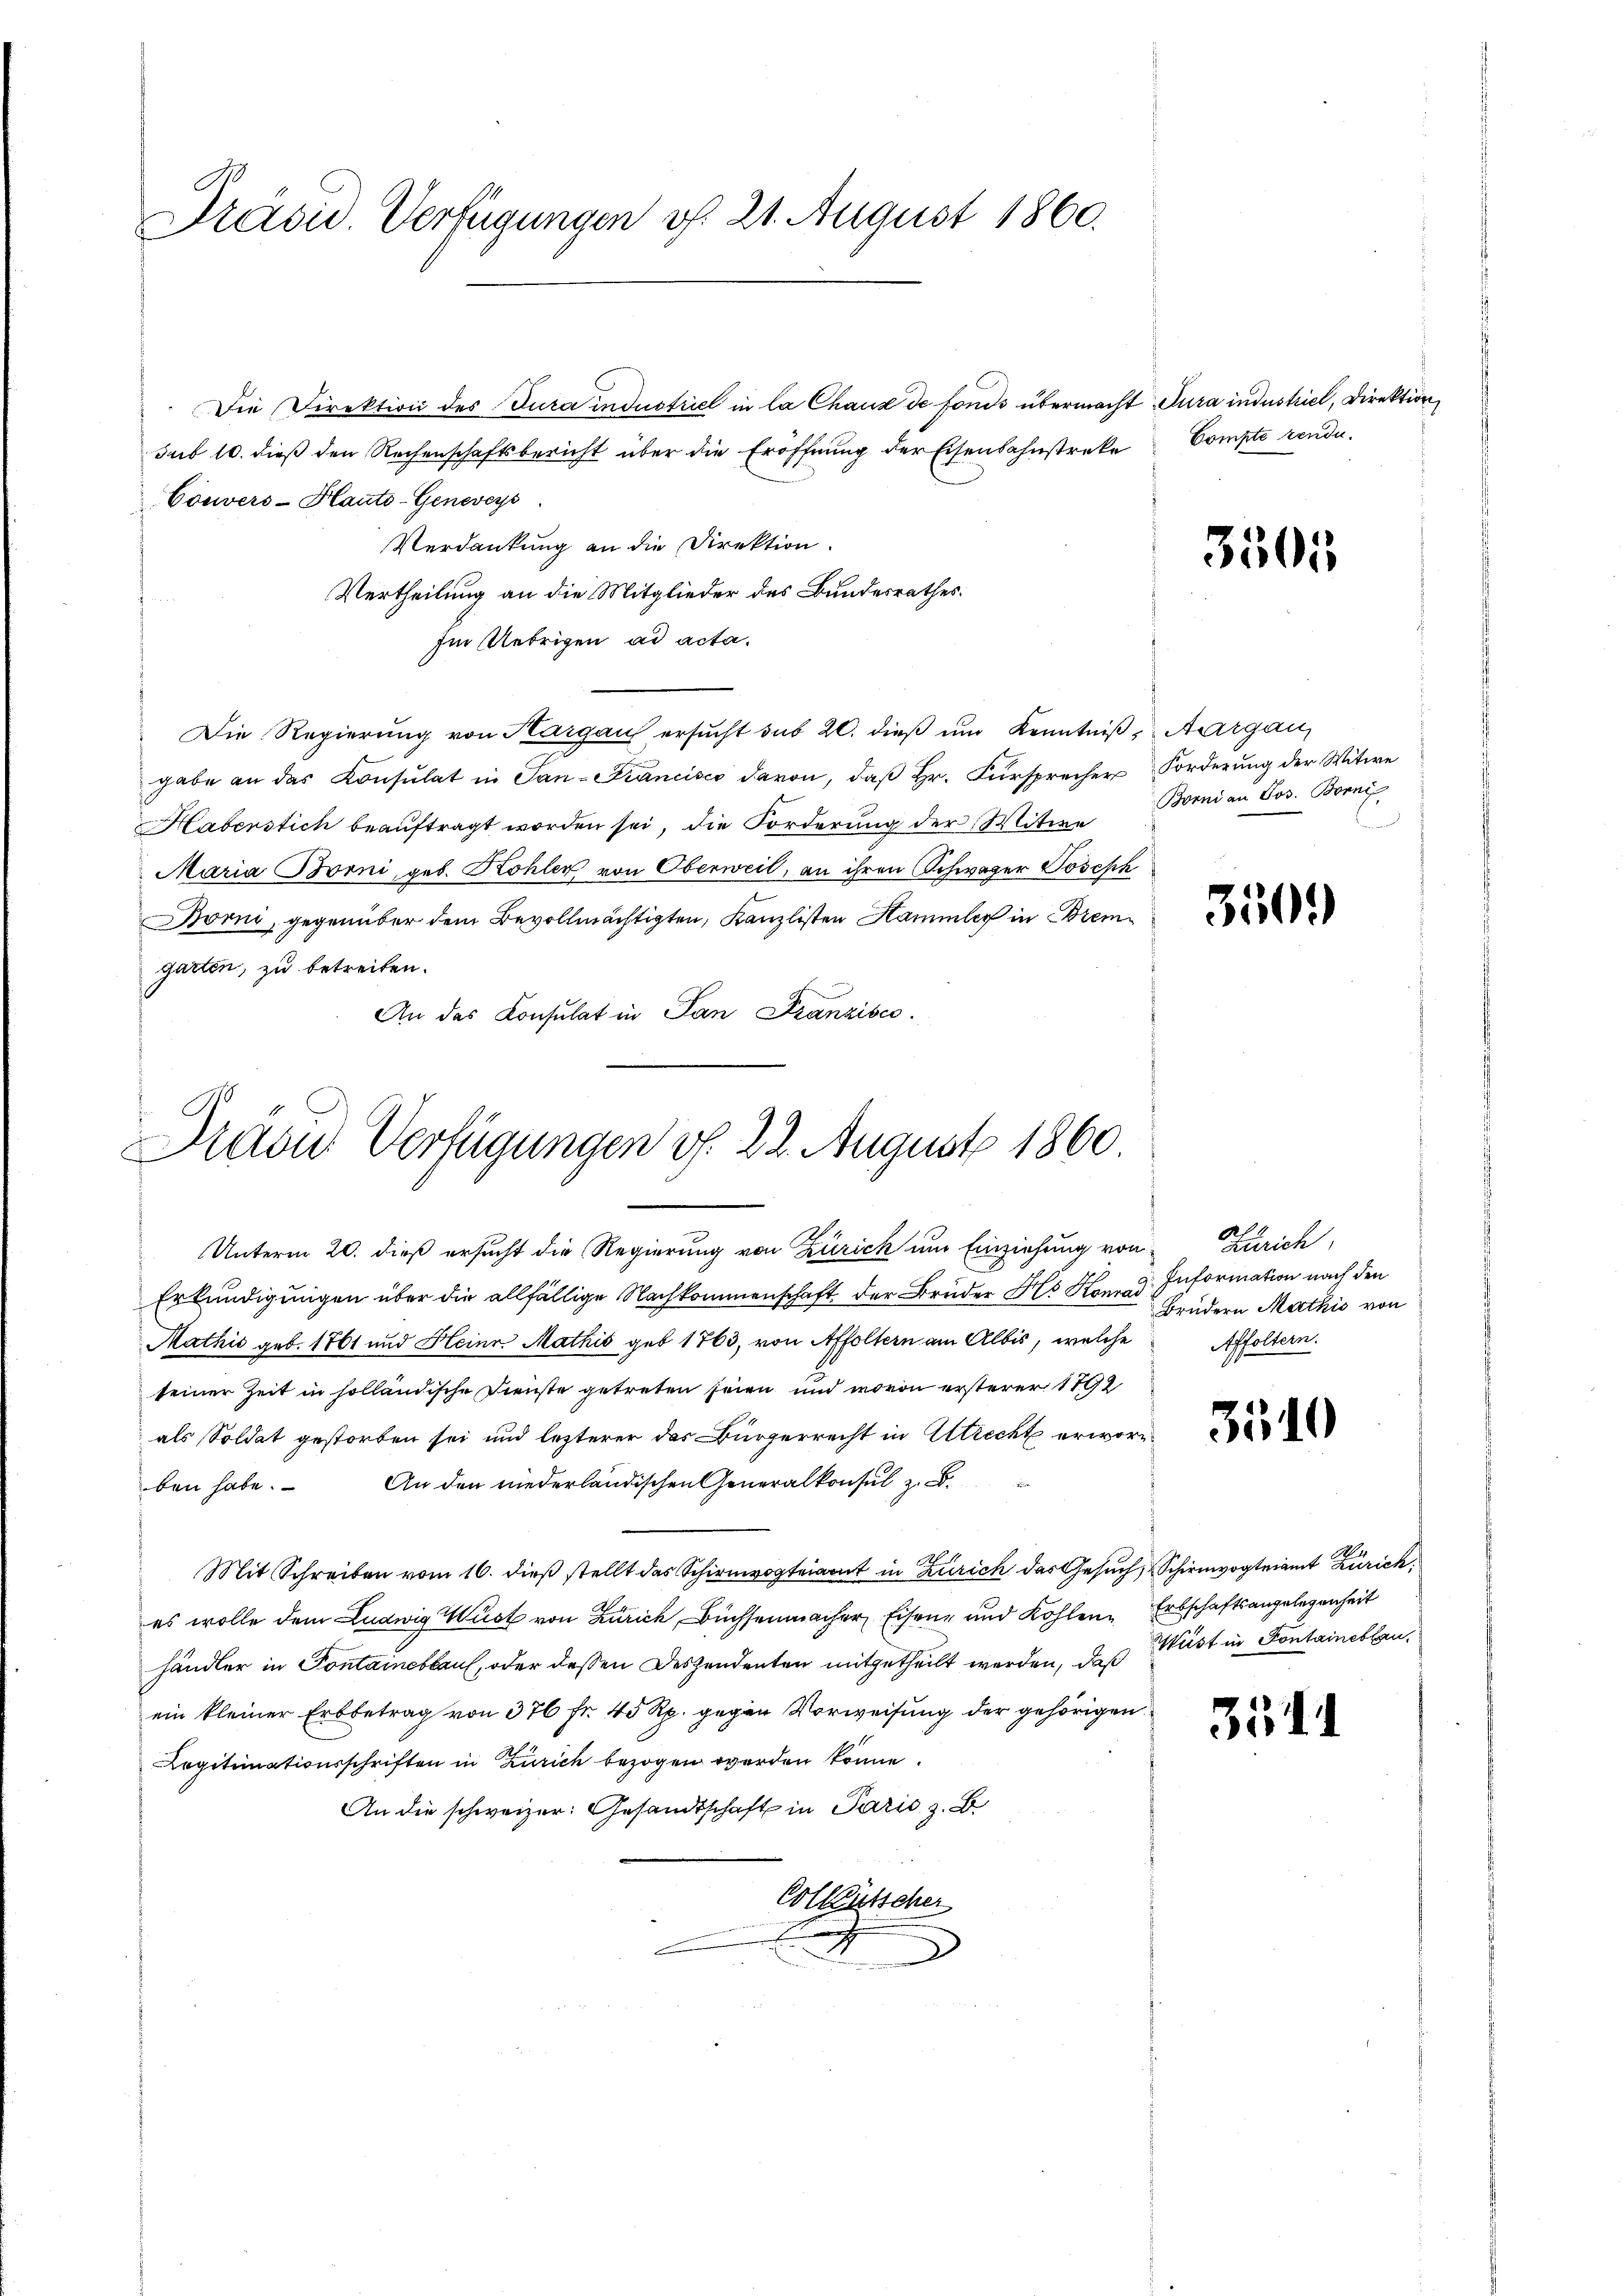
Präsid. Verfügungen v. 21. August 1860.

Die Direktion des Jura industriel in la Chaux de fonds übermacht dura industriel, Direktion
Sarb 10. dieß den Rechenschaftsbericht über die Eröffnung der Eisenbahnstreke
Couvers-Hauto-Genweys
Verdankung an die Direktion.
Vertheilung an die Mitglieder des Bundesrathes:
Im Uebrigen ad acta.
Die Regierŭng von Kargau ersŭcht sub 20. dieβ ŭm Kenntniβ, Aargau,
gabe an das Consulat in San-Francisco davon, daβ hr. Fürsprecher Forderŭng der Witwe
Haberstich beauftragt worden sei, die Forderung der Witwe
Maria Borni, geb. Kohler von Oberweil, an ihren Schwager Joseph
Borni, gegenüber dem Bevollmächtigten, Kanzlisten Hammler in Bremgarten, zu betreiten.
An das Consulat in San Franzisco

Drave Verfügungen f. 22. August 1860

Unterm 20. dieß ersucht die Regierung von Zürich um Einziehung von
Erkundigungen über die allfällige Nachkommenschaft der Brüder Als Hand Information nach den
Mathić geb. 1761 und Heinr. Mathis geb. 1763, von Affoltern am Albis, welche Affoltern.
seiner Zeit in solländische Dienste getreten seien und wovon ersterer 1792
als Soldat gestorben sei und lezterer das Bürgerrecht in Utrecht erwärben habe. An den niederländischen Generalkonsul z. B.
Mit Schreiben vom 16. dieß stellt das Schirmvogteiamt in Zürich das Gesŭch, Schirmvogteiamt Zürich
es wolle dem Ludwig Wüst von Zürich Büchsenmacher Eisen und Kohlen Erbschaftsangelegenheit
händler in Pontaineblauf, oder dessen Deszendenten mitgetheilt werden, daß
ein kleiner Erbbetrag von 376 fr. 40 Rp. gegen Vorweisung der gehörigen
Legitimationsschriften in Zürich bezogen werden könne
An die schweizer: Gesandtschaft in Paris z. B.
Colleutscher
e

Compte rende.

3505

Borni an Jos. Borni

350.

Zürich,
Brüdern Mathis von

3510

Wüst in Fontaineblau

3511